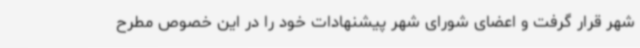
شهر قرار گرفت و اعضای شورای شهر پیشنهادات خود را در این خصوص مطرح